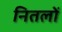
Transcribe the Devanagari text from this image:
नितलों